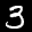
Label: 3